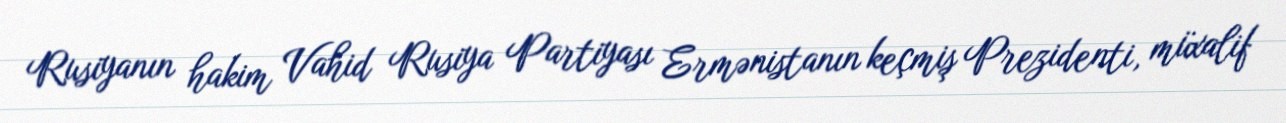
Rusiyanın hakim Vahid Rusiya Partiyası Ermənistanın keçmiş Prezidenti, müxalif